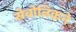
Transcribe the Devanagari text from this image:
स्रेबोत्निकने